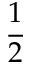
\frac { 1 } { 2 }